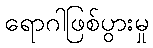
ရောဂါဖြစ်ပွားမှု